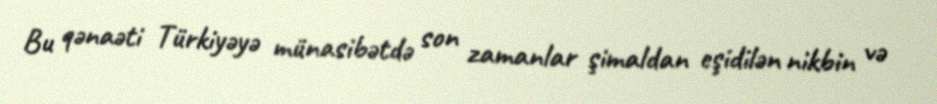
Bu qənaəti Türkiyəyə münasibətdə son zamanlar şimaldan eşidilən nikbin və